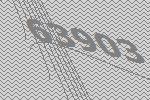
63903